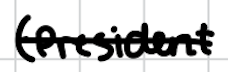
Text: (President
Cross-out: single-line
Writing tool: digital_black